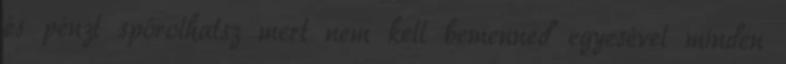
és pénzt spórolhatsz mert nem kell bemenned egyesével minden